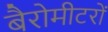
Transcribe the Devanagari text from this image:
बैरोमीटरों